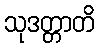
သုဒတ္တာတိ